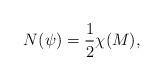
LaTeX: \begin{align*}N(\psi)=\frac{1}{2}\chi(M),\end{align*}